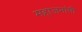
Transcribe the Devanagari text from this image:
महाजनांची